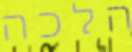
הלכה